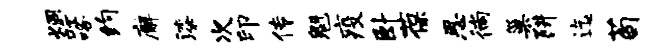
炯吒咯约廨漆次印传魁疫卧葆思徜巢阱迄荀